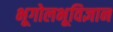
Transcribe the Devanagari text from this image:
भूगोलभूविज्ञान